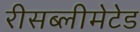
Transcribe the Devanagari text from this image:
रीसब्लीमेटेड